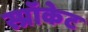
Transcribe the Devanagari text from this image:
स्प्रॉकेट